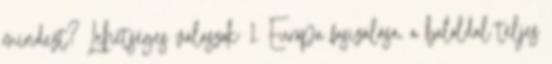
mindezt? Lehetséges válaszok: 1. Európa fasizálása, a baloldal teljes